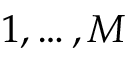
1 , \ldots , M